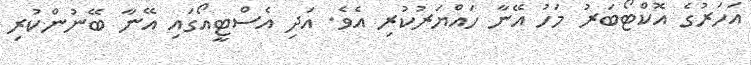
އަހަރުގެ އޮކްޓޯބަރު މަހު އޭނާ ހައްޔަރުކުރި އެވެ. އަދި އެސްޓީއޯގައި އޭނާ ބޭނުންކުރި